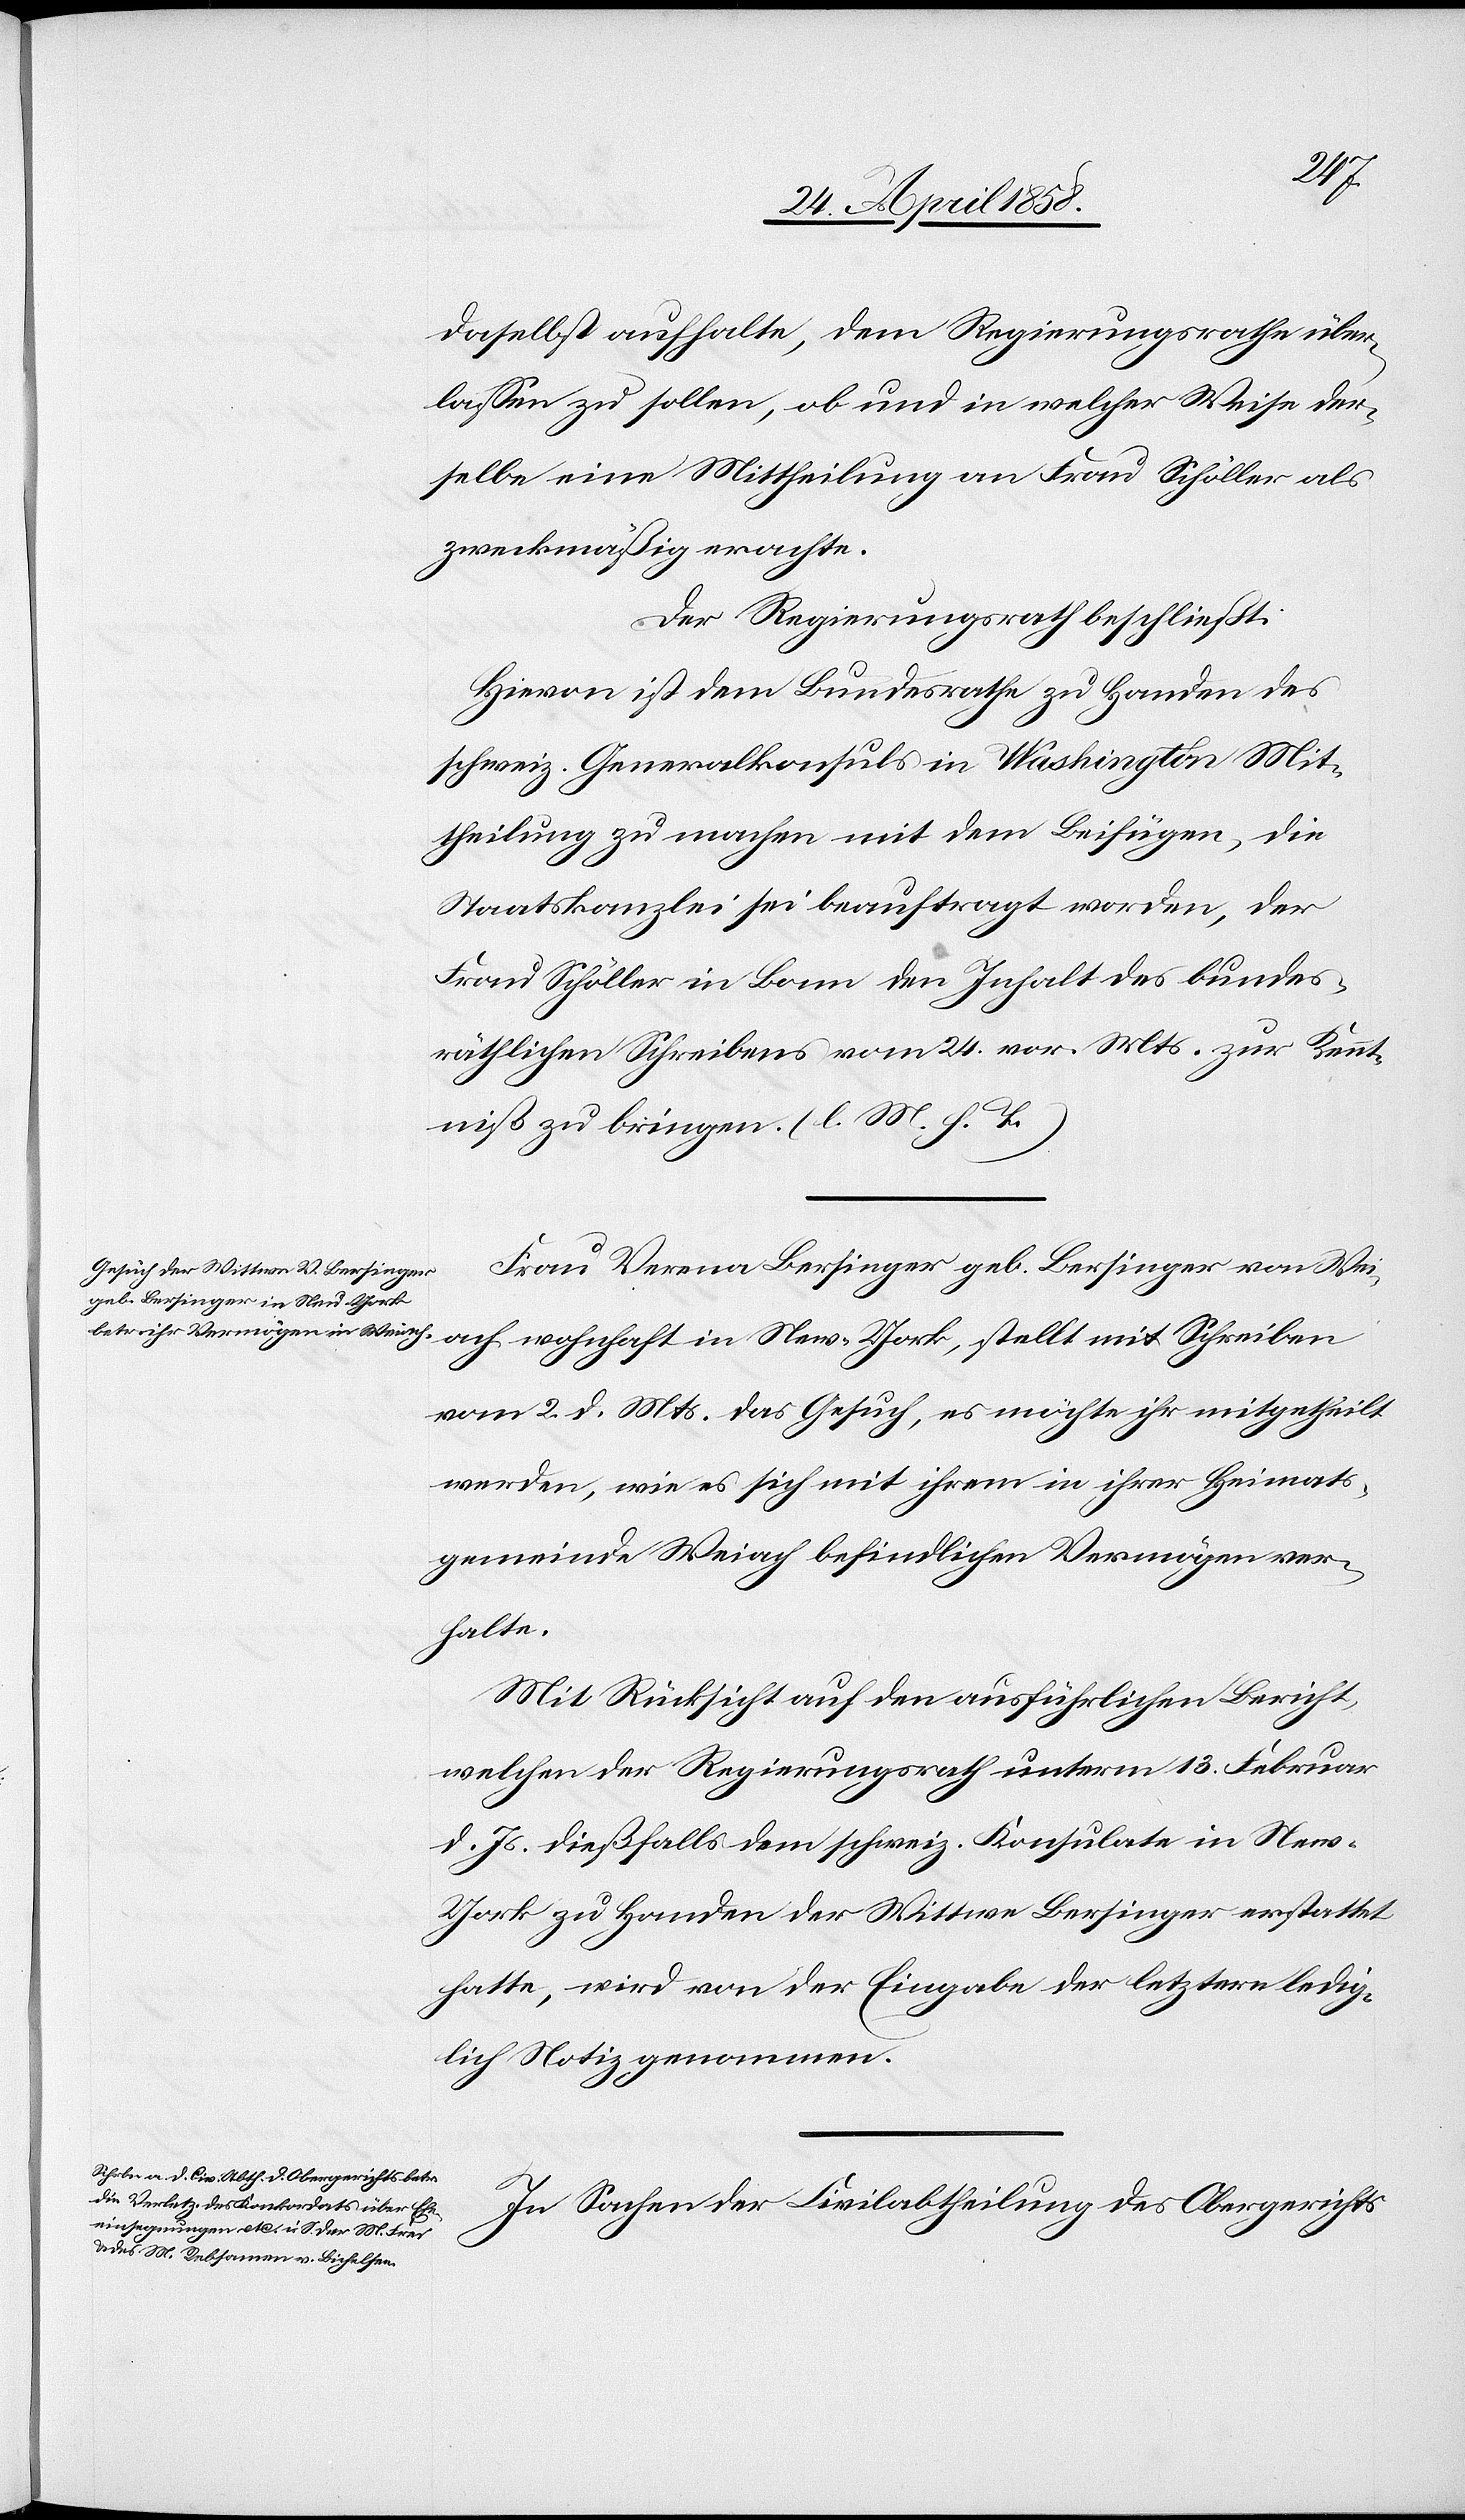
daselbst aufhalte, dem Regierungsrathe über¬
lassen zu sollen, ob und in welcher Weise der¬
selbe eine Mittheilung an Frau Schöller als
zweckmäßig erachte.
Der Regierungsrath beschließt:
Hievon ist dem Bundesrathe zu Handen des
schweiz. Generalkonsuls in Washington Mit¬
theilung zu machen mit dem Beifügen, die
Staatskanzlei sei beauftragt worden, der
Frau Schöller in Bonn den Inhalt des bundes¬
räthlichen Schreibens vom 24. vor. Mts. zur Kennt¬
niß zu bringen. (l. M. h. T.)
Frau Verena Bersinger geb. Bersinger von Wei¬
ach wohnhaft in New-York, stellt mit Schreiben
vom 2. d. Mts. das Gesuch, es möchte ihr mitgetheilt
werden, wie es sich mit ihrem in ihrer Heimats¬
gemeinde Weiach befindlichen Vermögen ver¬
halte.
Mit Rücksicht auf den ausführlichen Bericht,
welchen der Regierungsrath unterm 13. Februar
d. Js. dießfalls dem schweiz. Konsulate in Ne¬
w-York zu Handen der Wittwe Bersinger erstattet
hatte, wird von der Eingabe der letztern ledig¬
lich Notiz genommen.
In Sachen der Civilabtheilugn des Obergerichts